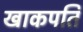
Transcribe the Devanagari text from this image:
खाकपति